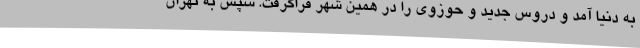
به دنیا آمد و دروس جدید و حوزوی را در همین شهر فراگرفت. سپس به تهران